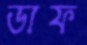
ডাফ